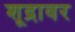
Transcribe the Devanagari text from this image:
शूद्रावर